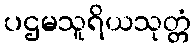
ပဌမသူရိယသုတ္တံ